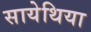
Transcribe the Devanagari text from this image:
सायेथिया